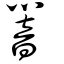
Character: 響